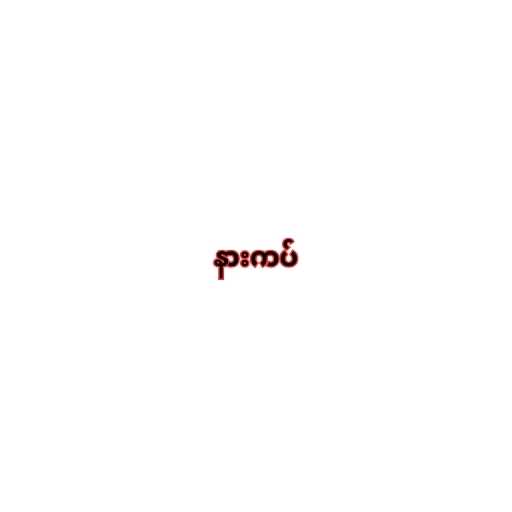
နားကပ်